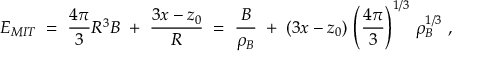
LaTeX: E _ { M I T } \; = \; \frac { 4 \pi } { 3 } R ^ { 3 } B \; + \; \frac { 3 x - z _ { 0 } } { R } \; = \; \frac { B } { \rho _ { B } } \; + \; ( 3 x - z _ { 0 } ) \, \left( \frac { 4 \pi } { 3 } \right) ^ { 1 / 3 } \, \rho _ { B } ^ { 1 / 3 } \ ,